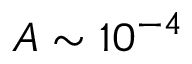
A \sim 1 0 ^ { - 4 }